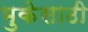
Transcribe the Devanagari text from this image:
भुकेसाठी